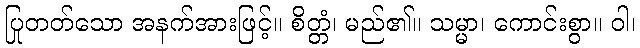
ပြုတတ်သော အနက်အားဖြင့်။ စိတ္တံ၊ မည်၏။ သမ္မာ၊ ကောင်းစွာ။ ဝါ၊